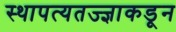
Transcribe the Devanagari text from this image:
स्थापत्यतज्‍ज्ञाकडून